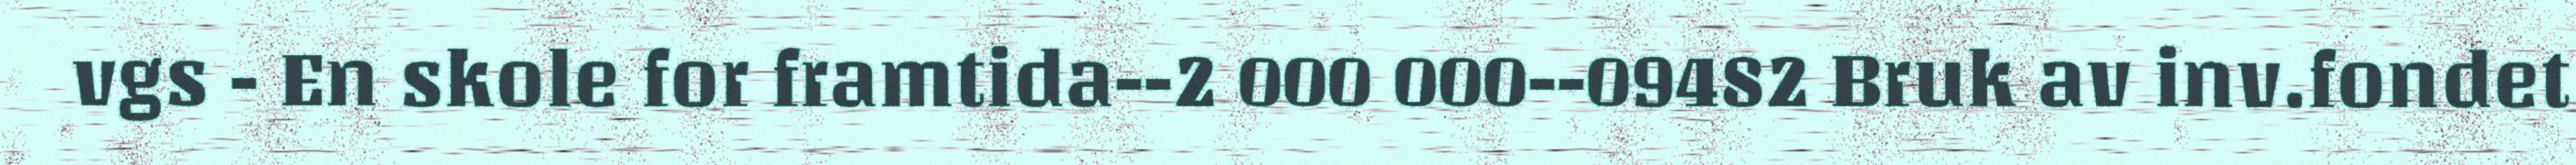
vgs - En skole for framtida--2 000 000--09482 Bruk av inv.fondet